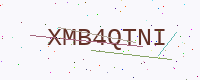
Text: XMB4QTNI